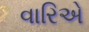
વારિએ